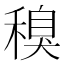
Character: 𱶜